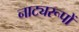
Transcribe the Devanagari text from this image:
नाट्यरूपों